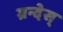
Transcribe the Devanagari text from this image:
ग्रन्देस्